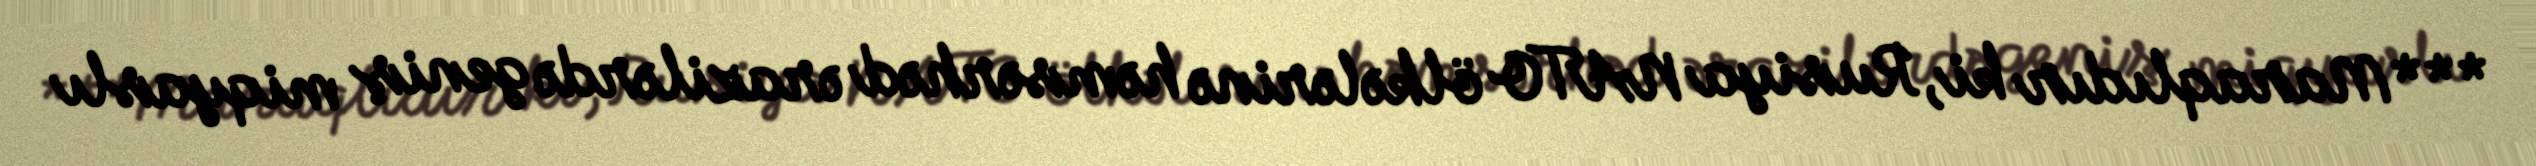
***Maraqlıdır ki, Rusiya NATO ölkələrinə həmsərhəd ərazilərdə geniş miqyaslı